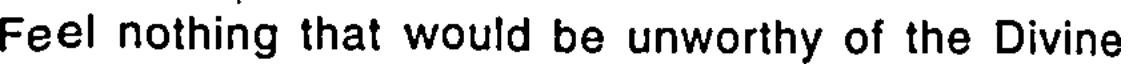
Feel nothing that would be unworthy of the Divine